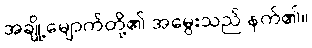
အချို့မျောက်တို့၏ အမွေးသည် နက်၏။